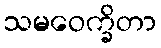
သမဝေက္ခိတာ